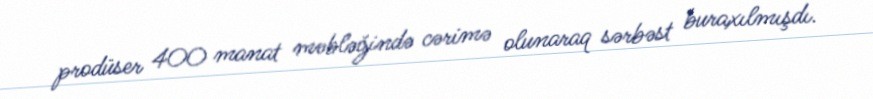
prodüser 400 manat məbləğində cərimə olunaraq sərbəst buraxılmışdı.